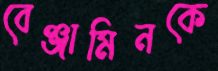
বেঞ্জামিনকে